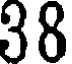
38